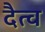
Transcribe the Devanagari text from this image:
दैत्व